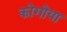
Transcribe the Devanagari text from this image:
कोगोया